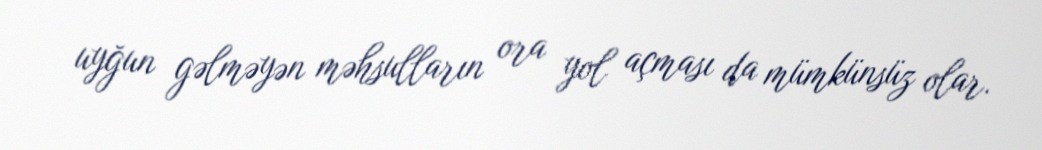
uyğun gəlməyən məhsulların ora yol açması da mümkünsüz olar.